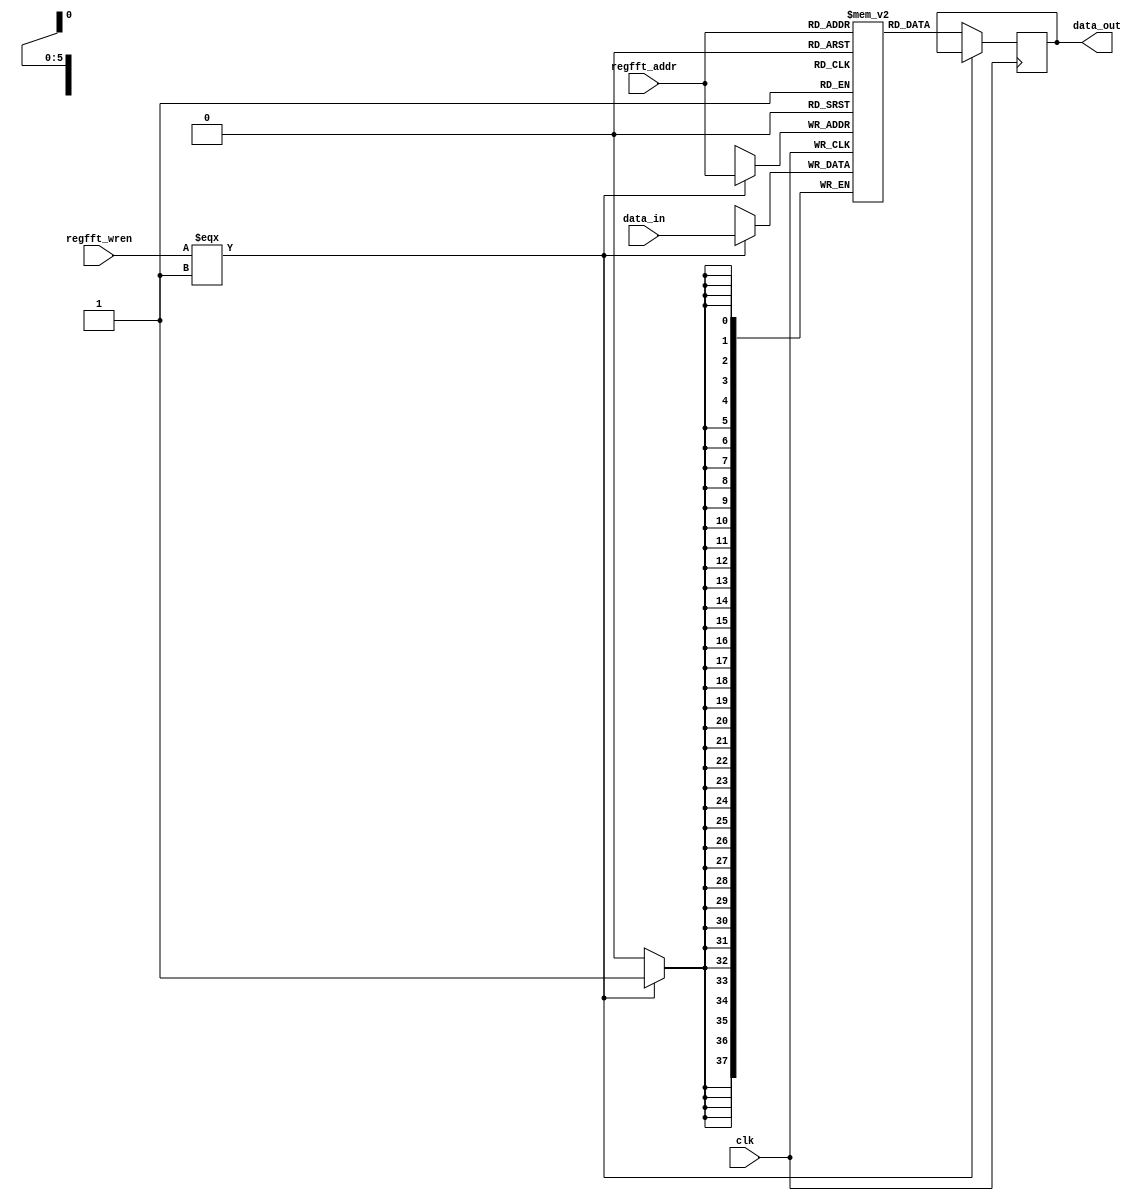
// --------------------------------------------------------------------------------
//  Company: MSI
//  Design Name: 
//  Module Name:    regffti - Behavioral 
// --------------------------------------------------------------------------------

`define false 1'b 0
`define FALSE 1'b 0
`define true 1'b 1
`define TRUE 1'b 1

`timescale 1 ns / 1 ns // timescale for following modules


module regffti (
   clk,
   regfft_wren,
   regfft_addr,
   data_in,
   data_out);
 

input   clk; 
input   regfft_wren; 
input   [5:0] regfft_addr; 
input   [37:0] data_in; 
output   [37:0] data_out; 

reg     [37:0] data_out; 
reg     [37:0] memory [63:0]; 


always @(posedge clk)
   begin : write_read
   if (clk === 1'b 1)
      begin
      if (regfft_wren === 1'b 1)
         begin
         memory[regfft_addr] <= data_in;   
         end
      else
         begin
         data_out <= memory[regfft_addr];   
         end
      end
   end


endmodule // module regffti